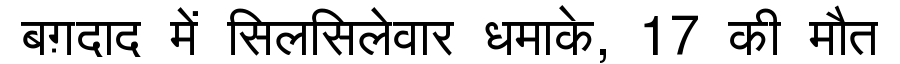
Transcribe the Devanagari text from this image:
बग़दाद में सिलसिलेवार धमाके, 17 की मौत